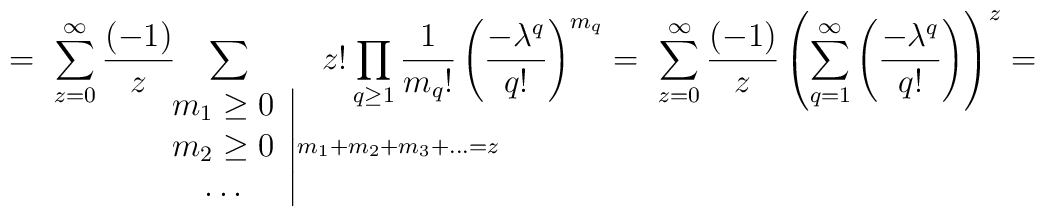
=\ \sum_{z=0}^\infty\frac{(-1)}{z}\!\!\!\!\!\!\!\!\!\!\!\!\!\!\!\!	\!\!\!\!\!\!\!\!\!\!\!\!\!\!\!\!\!\!\!\!\!\!\!\!	\sum_{\qquad\qquad\qquad\left.\begin{array}{c}m_1\geq0\\	m_2\geq0\\ \ldots\end{array}\right|m_1+m_2+m_3+\ldots=z}\!\!\!\!\!\!\!\!	\!\!\!\!\!\!\!\!\!\!\!\!\!\!\!\!\!\!\!\!\!\!\!\!\!	z!\prod_{q\geq1}	\frac{1}{m_q!}\left(\frac{-\lambda^q}{q!}\right)^{m_q}=	\ \sum_{z=0}^\infty\frac{(-1)}{z}\left(\sum_{q=1}^\infty\left(	\frac{-\lambda^q}{q!}\right)\right)^z=